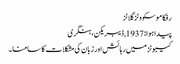
رفکا موسکووٹز گلاٹز
پیدا ہوا: 1937, ڈیبریکن، ہنگری
کیبوٹز میں رہائش اور زبان کی مشکلات کا سامنا۔